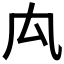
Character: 𠘯